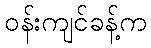
ဝန်းကျင်ခန့်က